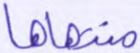
منتهاها